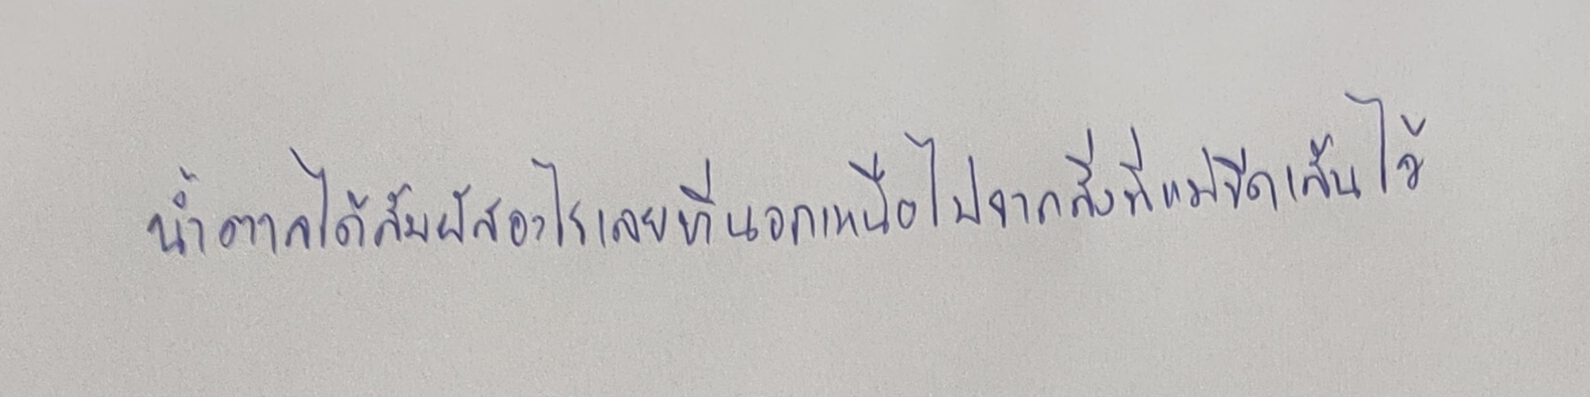
น้ำตาลได้สัมผัสอะไรเลยที่นอกเหนือไปจากสิ่งที่แม่ขีดเส้นไว้